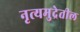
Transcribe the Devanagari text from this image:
नृत्यमुद्रेतील